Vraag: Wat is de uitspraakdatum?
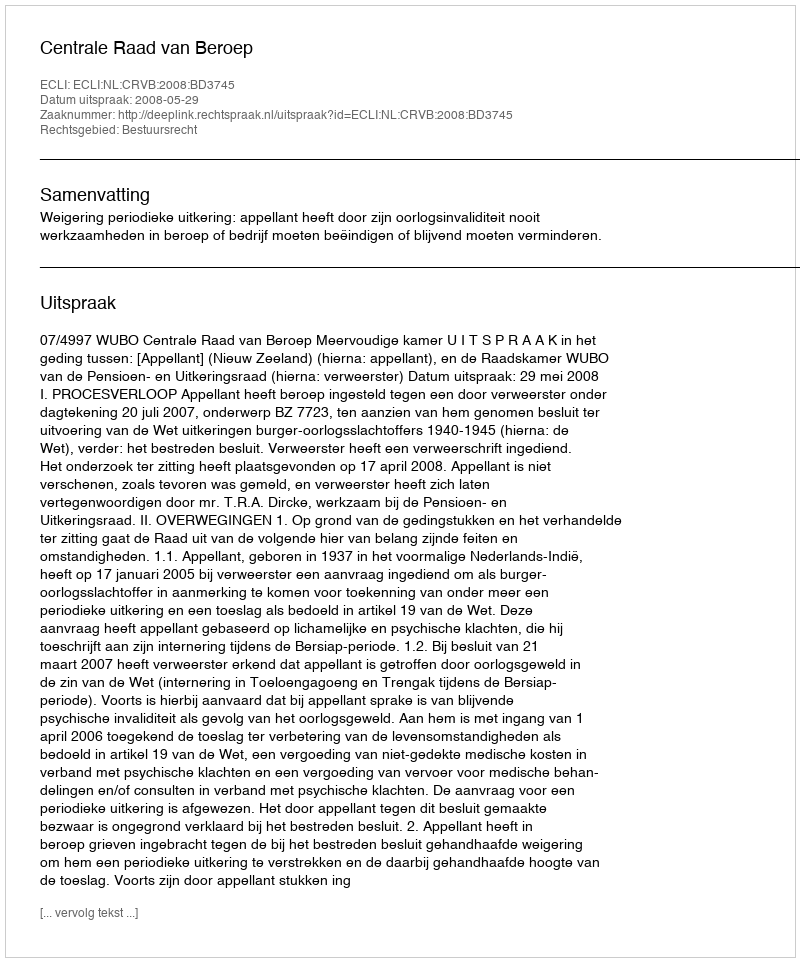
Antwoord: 2008-05-29